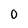
Character: 0